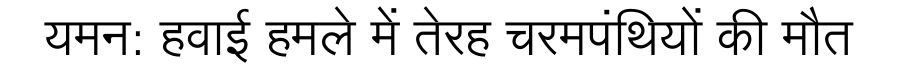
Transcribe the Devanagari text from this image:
यमन: हवाई हमले में तेरह चरमपंथियों की मौत